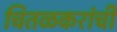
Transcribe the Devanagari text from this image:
चितळकरांची